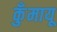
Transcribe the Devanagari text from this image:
कुँमायू